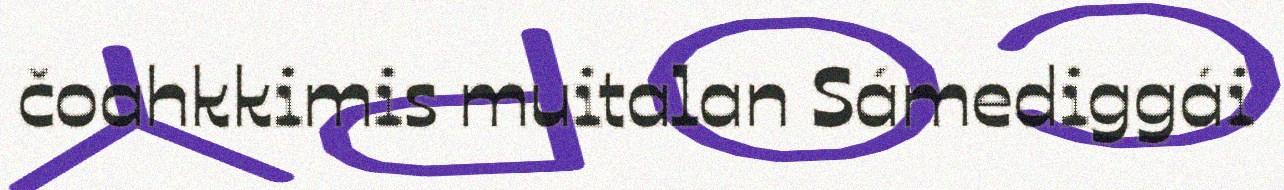
čoahkkimis muitalan Sámediggái